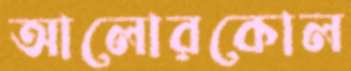
আলোরকোল